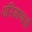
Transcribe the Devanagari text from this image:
परिमाणाची